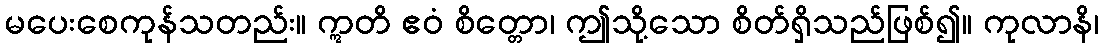
မပေးစေကုန်သတည်း။ ဣတိ ဧဝံ စိတ္တော၊ ဤသို့သော စိတ်ရှိသည်ဖြစ်၍။ ကုလာနိ၊